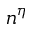
n ^ { \eta }